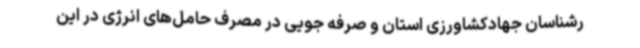
رشناسان جهادکشاورزی استان و صرفه جویی در مصرف حامل‌های انرژی در این